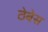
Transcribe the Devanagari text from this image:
ठेबेस